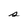
Character: s